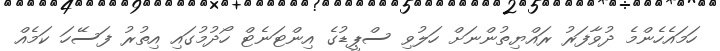
ހަމައެހެންމެ ދުވާފަރު ރައްޔިތުންނަށް ހަލުވި ސްޕީޑުގެ އިންޓަނެޓް ހޯދުމުގައި އިތުރު ފަސޭހަ ކަމެއް